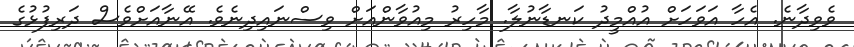
ވެވިދާނެ. އެހާ އަވަހަށް އުއްމީދު ކަނޑާނުލާ. މާހިރު މިއުވާންއަށް ވިސްނައިދިނެވެ. އޭނާއަށްވެސް ދަރިފުޅުގެ